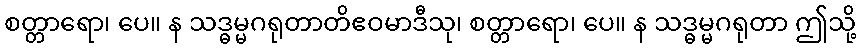
စတ္တာရော၊ ပေ။ န သဒ္ဓမ္မဂရုတာတိဧဝမာဒီသု၊ စတ္တာရော၊ ပေ။ န သဒ္ဓမ္မဂရုတာ ဤသို့